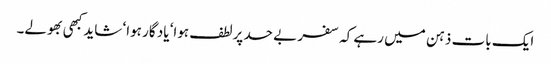
ایک بات ذہن میں رہے کہ سفر بے حد پرلطف ہوا‘ یاد گار ہوا‘ شاید کبھی بھولے۔